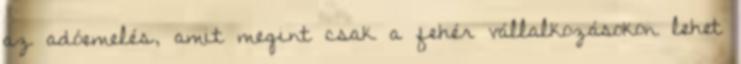
az adóemelés, amit megint csak a fehér vállalkozásokon lehet